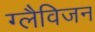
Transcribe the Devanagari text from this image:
ग्लैविजन